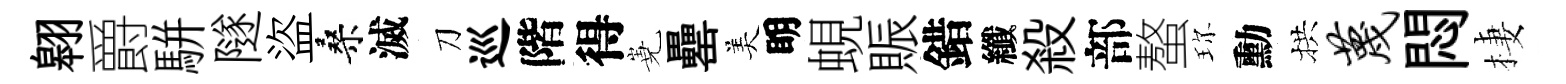
翱爵駢隧盜桑滅刀巡階得嶤罍美眀蜆賑錯纖殺部螯珎勳拱蔑悶棲